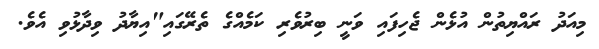
މިއަދު ރައްޔިތުން އުޅެން ޖެހިފައި ވަނީ ބިރުވެރި ކަމެއްގެ ތެރޭގައި"އިޔާދު ވިދާޅުވި އެވެ.